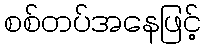
စစ်တပ်အနေဖြင့်